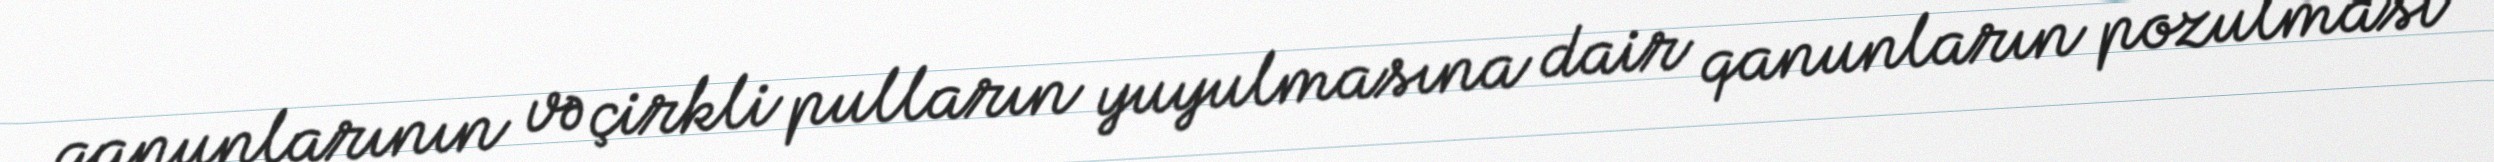
qanunlarının və çirkli pulların yuyulmasına dair qanunların pozulması